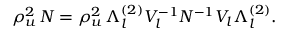
\rho _ { u } ^ { 2 } \, { \cal N } = \rho _ { u } ^ { 2 } \, \Lambda _ { l } ^ { ( 2 ) } { \cal V } _ { l } ^ { - 1 } N ^ { - 1 } { \cal V } _ { l } \Lambda _ { l } ^ { ( 2 ) } .